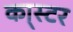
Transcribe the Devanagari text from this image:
का्स्‍टर